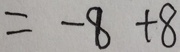
= - 8 + 8